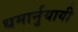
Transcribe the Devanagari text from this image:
धमार्नुयायी